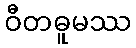
ဝီတဓူမဿ